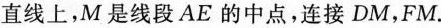
直线上，M是线段AE的中点，连接DM，FM。